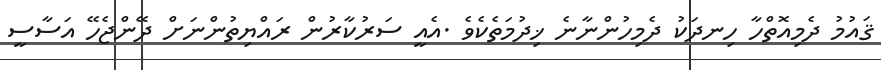
ޤައުމު ދެމިއޮތްހާ ހިނދަކު ދެމިހުންނާނެ ޚިދުމަތެކެވެ .އެއީ ސަރުކާރުން ރައްޔިތުންނަށް ދޭންޖެހޭ އަސާސީ